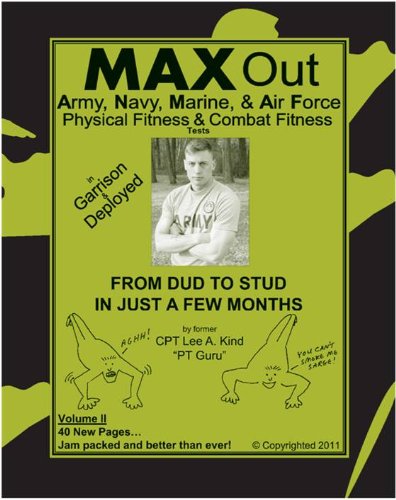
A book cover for MAX Out the Army, Navy, Marine, and Air Force Physical Fitness and Combat Fitness Tests; Lee Kind; Health, Fitness & Dieting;